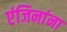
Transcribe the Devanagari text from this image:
एंजिनांना